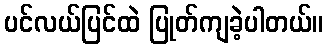
ပင်လယ်ပြင်ထဲ ပြုတ်ကျခဲ့ပါတယ်။